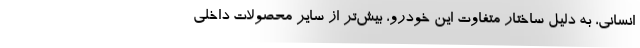
انسانی، به دلیل ساختار متفاوت این خودرو، بیش‌تر از سایر محصولات داخلی